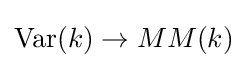
\operatorname {Var} (k)\to MM(k)